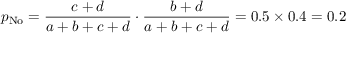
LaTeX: p _ { \mathrm { N o } } = { \frac { c + d } { a + b + c + d } } \cdot { \frac { b + d } { a + b + c + d } } = 0 . 5 \times 0 . 4 = 0 . 2